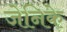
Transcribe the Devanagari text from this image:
जेनिके